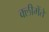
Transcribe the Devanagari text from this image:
क्लीमेंते